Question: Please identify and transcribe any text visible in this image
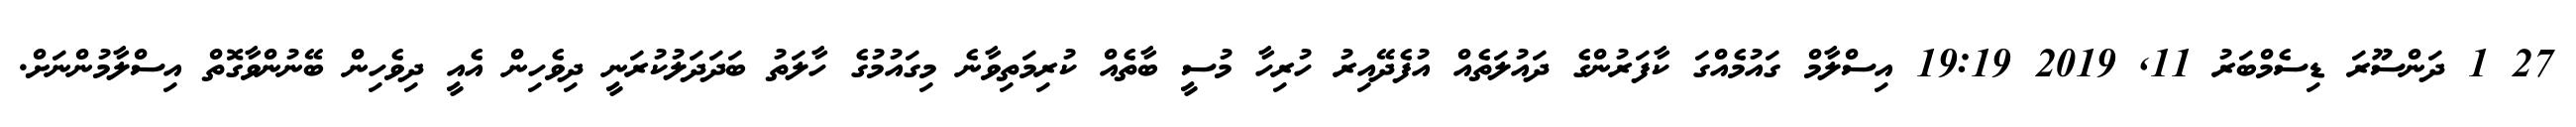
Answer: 27 1 ދަންސޫރަ ޑިސެމްބަރު 11, 2019 19:19 އިސްލާމް ގައުމެއްގަ ކާފަރުންގެ ދައުލަތެއް އުފެދޭއިރު ހުރިހާ މުސީ ބާތެއް ކުރިމަތިވާނެ މިގައުމުގެ ހާލަތު ބަދަދަލުކުރަނީ ދިވެހިން އެއީ ދިވެހިން ބޭނުންވާގޮތް އިސްލާމުންނަށް.